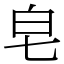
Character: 皂